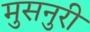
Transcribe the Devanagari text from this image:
मुसनुरी